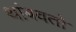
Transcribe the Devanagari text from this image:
थांबवतो